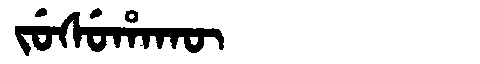
Manchu: ᠵᡠᠰᡠᡥᠠᡴᡡ
Romanization: JUSUHAKŪ